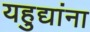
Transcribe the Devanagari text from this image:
यहुद्यांना